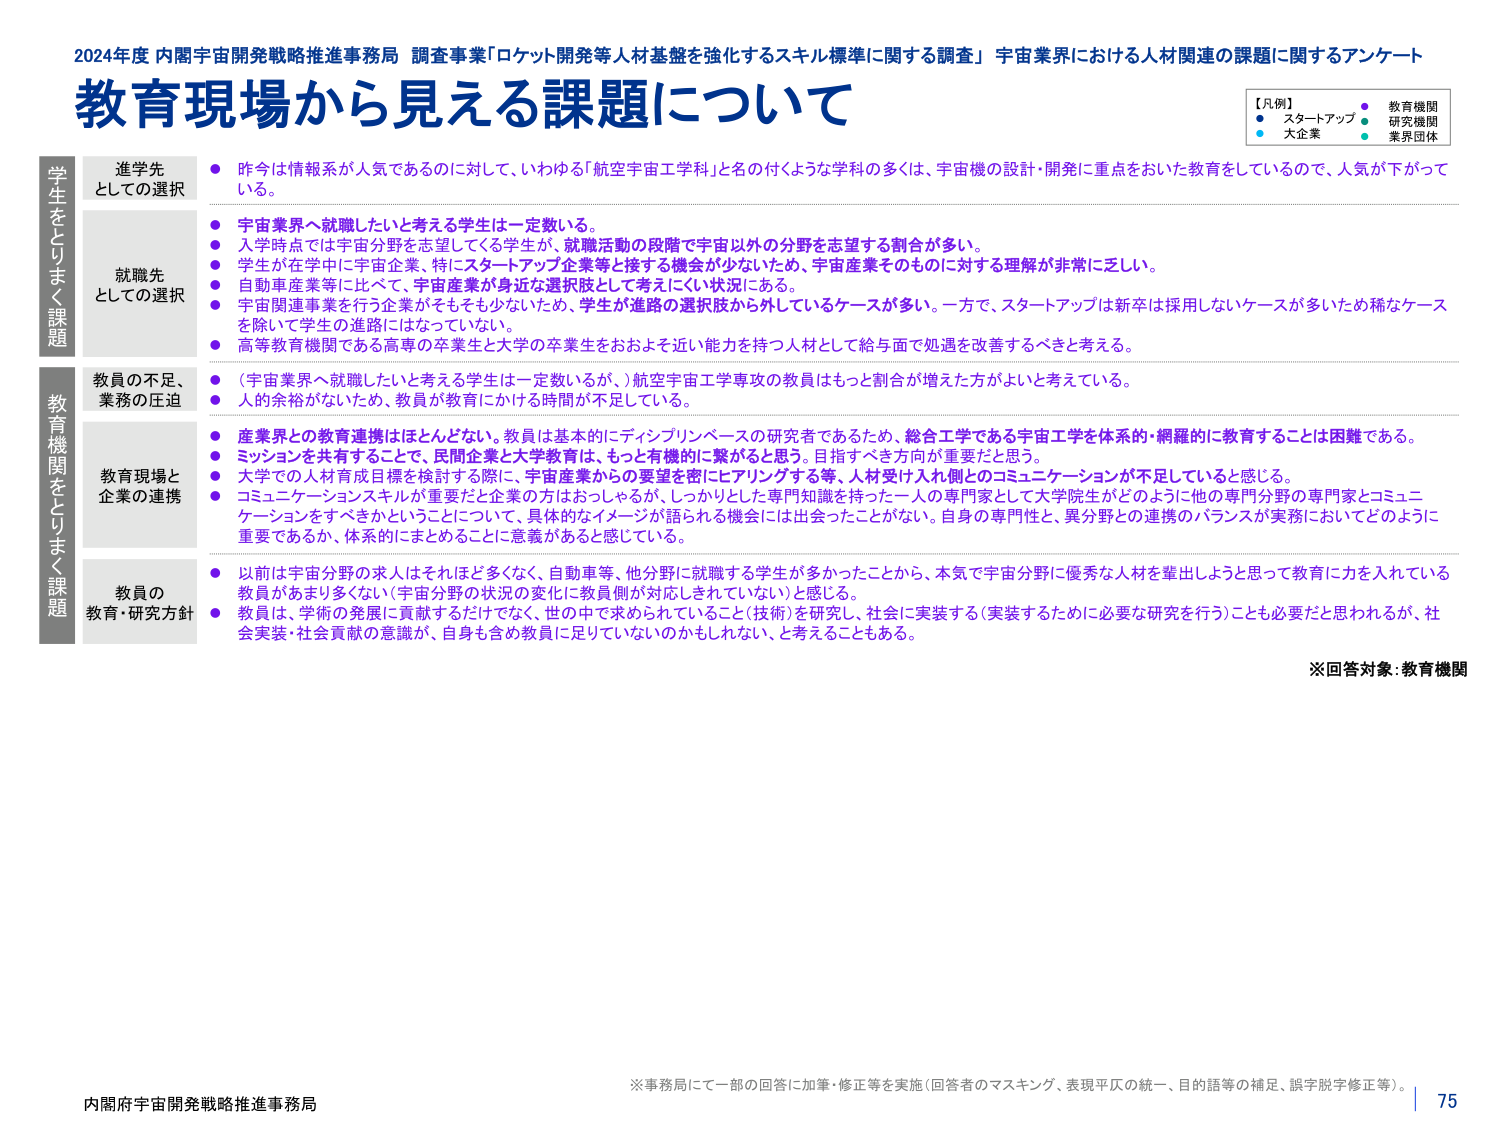
2024年度 内閣宇宙開発戦略推進事務局 調査事業「ロケット開発等人材基盤を強化するスキル標準に関する調査」 宇宙業界における人材関連の課題に関するアンケート
教育現場から見える課題について

【凡例】
● スタートアップ ● 教育機関
● 大企業 ● 研究機関
● 業界団体

学生をとりまく課題
進学先としての選択
● 昨今は情報系が人気であるのに対して、いわゆる「航空宇宙工学科」と名の付くような学科の多くは、宇宙機の設計・開発に重点をおいた教育をしているので、人気が下がっている。
● 宇宙業界へ就職したいと考える学生は一定数いる。
● 入学時点では宇宙分野を志望してくる学生が、就職活動の段階で宇宙以外の分野を志望する割合が多い。
● 学生が在学中に宇宙企業、特にスタートアップ企業等と接する機会が少ないため、宇宙産業そのものに対する理解が非常に乏しい。
● 自動車産業等に比べて、宇宙産業が身近な選択肢として考えにくい状況にある。
● 宇宙関連事業を行う企業がそもそも少ないため、学生が進路の選択肢から外しているケースが多い。一方で、スタートアップは新卒は採用しないケースが多いため稀なケースを除いて学生の進路にはなっていない。
● 高等教育機関である高専の卒業生と大学の卒業生をおおよそ近い能力を持つ人材として給与面で処遇を改善するべきと考える。

就職先としての選択
● （宇宙業界へ就職したいと考える学生は一定数いるが、）航空宇宙工学専攻の教員はもっと割合が増えた方がよいと考えている。
● 人の余裕がないため、教員が教育にかける時間が不足している。

教育機関をとりまく課題
教員の不足、業務の圧迫
● 産業界との教育連携はほとんどない。教員は基本的にディンプリンベースの研究者であるため、総合工学である宇宙工学を体系的・網羅的に教育することは困難である。
● ミッションを共有することで、民間企業と大学教育は、もっと有機的に繋がると思う。目指すべき方向が重要だと思う。
● 大学での人材育成目標を検討する際に、宇宙産業からの要望を密にヒアリングする等、人材受け入れ側とのコミュニケーションが不足していると感じる。
● コミュニケーションスキルが重要だと企業の方はおっしゃるが、しっかりとした専門知識を持った一人の専門家として大学院生がどのように他の専門分野の専門家とコミュニケーションをするべきかということについて、具体的なイメージが語られる機会には出会ったことがない。自身の専門性と、異分野との連携のバランスが実務においてどのように重要であるか、体系的にまとめるのに意義があると感じている。

教育現場と企業の連携
● 以前は宇宙分野の求人はそれほど多くなく、自動車等、他分野に就職する学生が多かったことから、本気で宇宙分野に優秀な人材を輩出しようと思って教育に力を入れている教員があまり多くない（宇宙分野の状況の変化に教員側が対応しきれていない）と感じる。
● 教員は、学術の発展に貢献するだけでなく、世の中で求められていること（技術）を研究し、社会に実装する（実装するために必要な研究を行う）ことも必要だと思われるが、社会実装・社会貢献の意識が、自身も含め教員に足りていないのかもしれない、と考えることもある。

※回答対象：教育機関

※事務局にて一部の回答に加筆・修正等を実施（回答者のマスキング、表現平仄の統一、目的語等の補足、誤字脱字修正等）。
内閣府宇宙開発戦略推進事務局
75